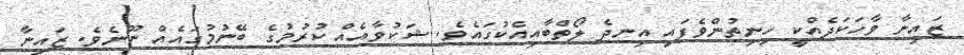
ޒައިނާ ވާހަކަދެއްކީ ހިނިތުންވެފައި އިނދެ ލޯތްބާއިއެކުގައެވެ. ޝަކުވާއެއް ކުރުމުގެ ބޭނުމުގައެއް ނޫނެވެ. ޒައިނާ